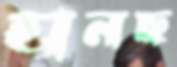
হানছ